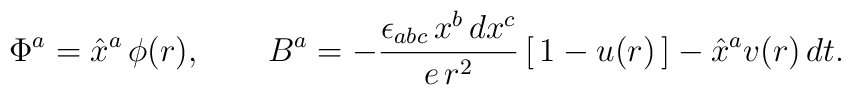
\Phi^a= \hat{x}^a\,\phi(r), \qquad B^a=-\frac{\epsilon_{abc}\,x^b \, dx^c}{e\,r^2}\,[\,1-u(r)\,]-\hat{x}^a v(r)\,dt .